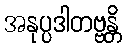
အနုပ္ပဒါတဗ္ဗန္တိ